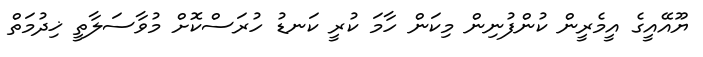
ޔޫއޭއީގެ އީމެރީން ކުންފުނިން މިކަން ހާމަ ކުރީ ކަނޑު ހުރަސްކޮށް މުވާސަލާތީ ޚިދުމަތް